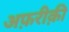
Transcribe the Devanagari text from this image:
अफ़रीक़ी